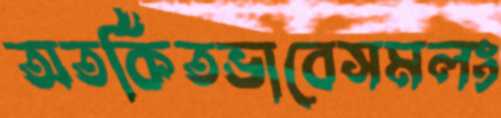
অতর্কিতভাবেসমলং